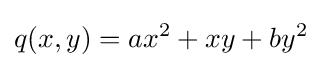
q(x,y)=ax^{2}+xy+by^{2}